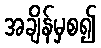
အချိန်မှစ၍